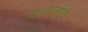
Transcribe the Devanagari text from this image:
वातचीत